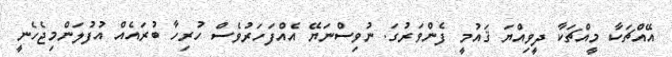
އޭއްޗަކާ މީއްޗަކާ ދީިވިއްޔަ ޤަައުމީ ފެންވަރުގަ. ނުވިސްނަޔޭ އެއްފަހަރުވެސް ހުރިހާ ބުރައެއް އުފުލަންމިޖެހެނީ